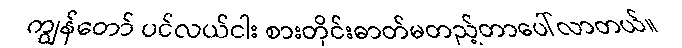
ကျွန်တော် ပင်လယ်ငါး စားတိုင်းဓာတ်မတည့်တာပေါ်လာတယ်။